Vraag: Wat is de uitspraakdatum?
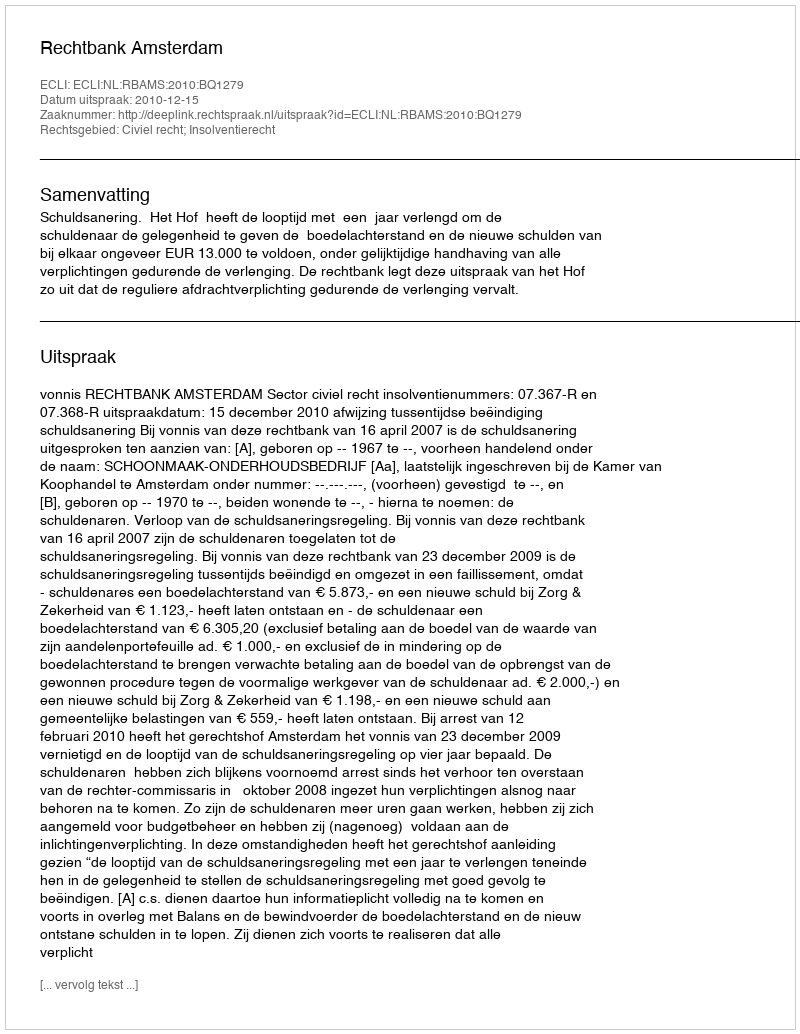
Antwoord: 2010-12-15